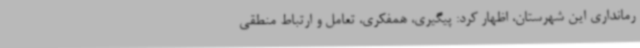
رمانداری این شهرستان، اظهار کرد: پیگیری، همفکری، تعامل و ارتباط منطقی